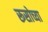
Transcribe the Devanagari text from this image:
रूसोच्या